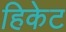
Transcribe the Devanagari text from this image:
हिकेट